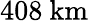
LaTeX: \mathrm{408~km}